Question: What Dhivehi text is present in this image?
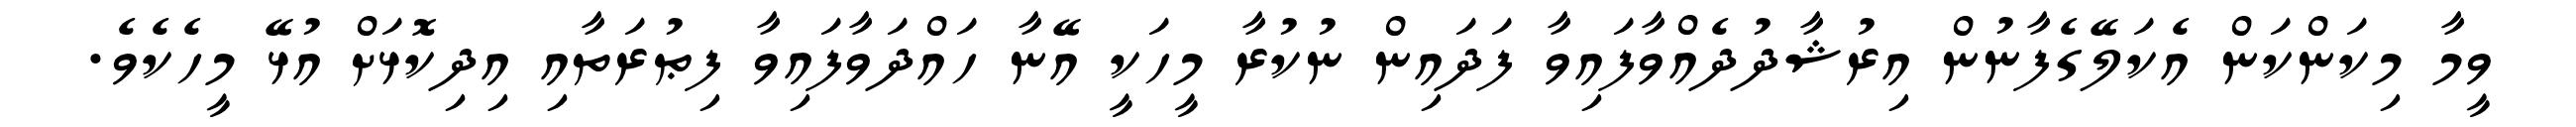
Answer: ވީމާ މިކަންކަން އެކަލޭގެފާނުން އިރުޝާދުދެއްވާފައިވާ ފަދައިން ނުކުރާ މީހަކީ އޭނާ ހައްދަވާފައިވާ ފިޠުރަތާއި އިދިކޮޅަށް އުޅޭ މީހެކެވެ.